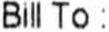
BILL TO :